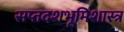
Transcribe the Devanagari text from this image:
सप्तदशभूमिशास्त्र